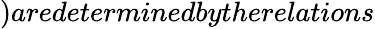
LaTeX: )aredeterminedbytherelations